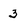
Character: 3